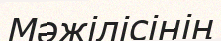
Мәжілісінің